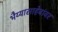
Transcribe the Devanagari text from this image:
भैय्यासाहेबांवर